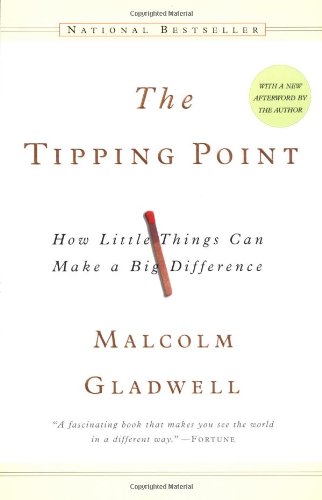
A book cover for The Tipping Point: How Little Things Can Make a Big Difference; Malcolm Gladwell; Medical Books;